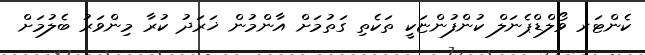
ކެންޓަރ ވޯލްޑްޕެނަލް ކުންފުންޏަކީ ތަކެތި ގަތުމަށް އާންމުން ޚަރަދު ކުރާ މިންވަރު ބެލުމަށް